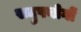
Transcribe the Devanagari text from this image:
सदुपयोगों